Scottish Leaving Certificate Examination, 1957
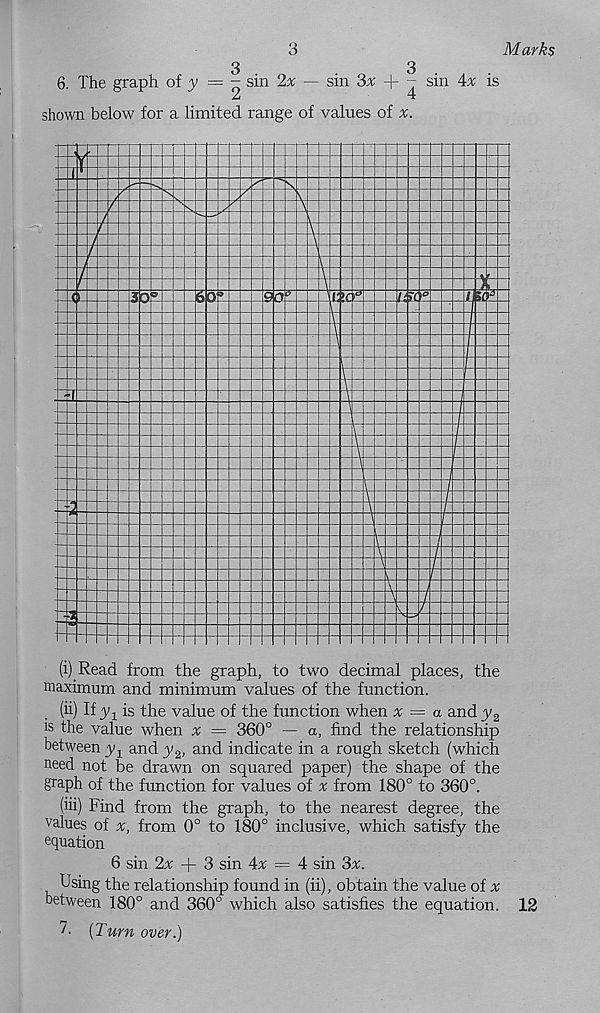
3
Marks
6. The graph of y = ~ sin 2% — sin 3% + - sin Ax is
Zi
t:
shown below for a limited range of values of
(ii) If y-t is the value of the function when x = a and y 2
is the value when v = 360° — a, find the relationship
between y 1 and y 2 , and indicate in a rough sketch (which
need not be drawn on squared paper) the shape of the
graph of the function for values of « from 180° to 360°.
(hi) Find from the graph, to the nearest degree, the
values of x, from 0° to 180° inclusive, which satisfy the
equation
6 sin 2% + 3 sin 4x =- 4 sin 3x.
Using the relationship found in (ii), obtain the value of x
between 180° and 360° which also satishes the equation. 12
7. [Turn over.)